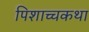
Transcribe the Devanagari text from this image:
पिशाच्चकथा